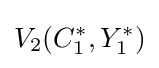
V_{2}(C_{1}^{*},Y_{1}^{*})